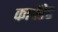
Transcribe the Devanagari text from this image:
कार्परेट